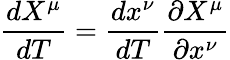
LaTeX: {\frac{dX^{\mu}}{dT}}={\frac{dx^{\nu}}{dT}}{\frac{\partial X^{\mu}}{\partial x^{\nu}}}